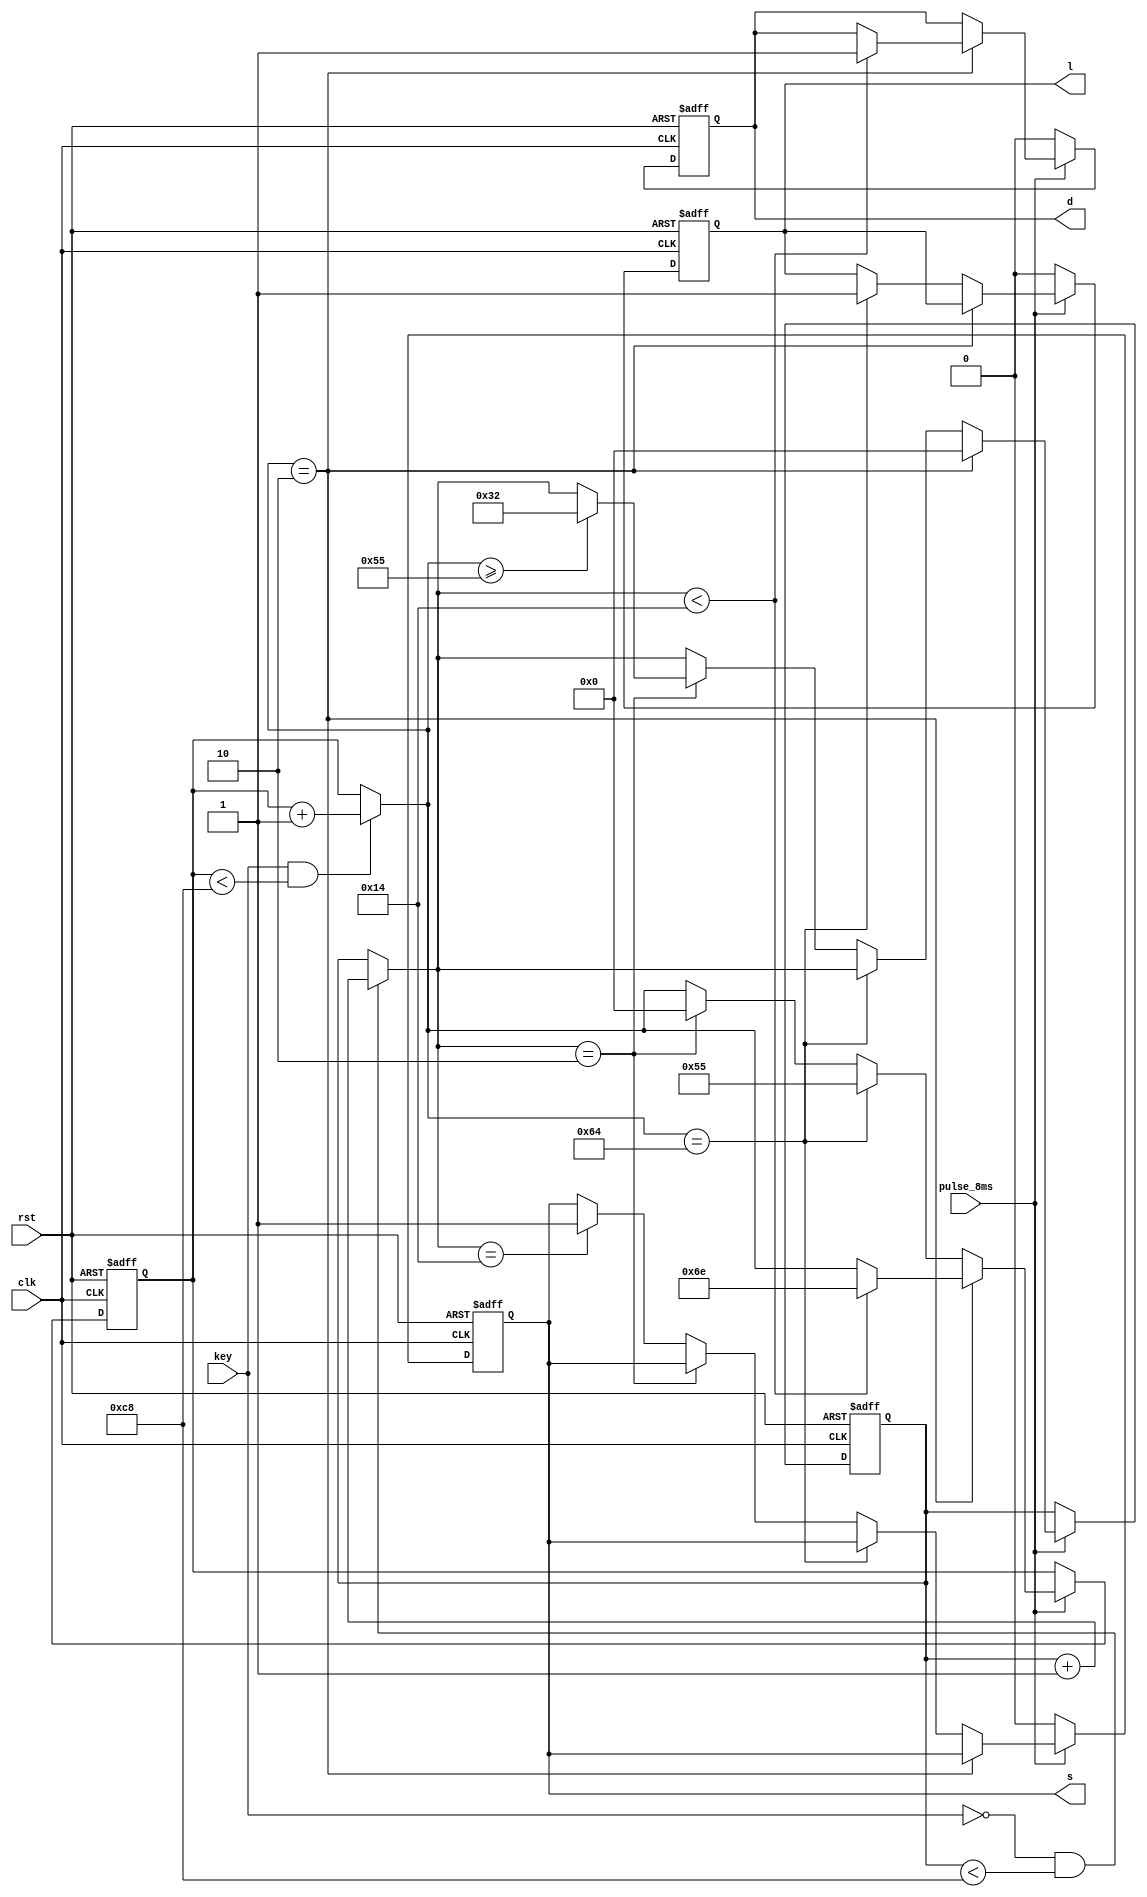
`timescale 1ns / 1ps
//////////////////////////////////////////////////////////////////////////////////
// Company: 
// Engineer: 
// 
// Design Name: 
// Module Name: key_detect
// Project Name: 
// Target Devices: 
// Tool Versions: 
// Description: 
// 
// Dependencies: 
// 
// Revision:
// Revision 0.01 - File Created
// Additional Comments:
// 
//////////////////////////////////////////////////////////////////////////////////


module key_detect(
    input clk,
    input rst,
    input pulse_8ms,
    input key,
    output reg s,
    output reg d,
    output reg l
    );
    parameter integer click_delta=20,long_press_low=85,long_press_high=100,val_limit=200;
    reg [7:0] key_up,key_down;
    wire [7:0] next_key_up,next_key_down;
    assign next_key_up=key==0&&key_up<val_limit?key_up+1:key_up;
    assign next_key_down=key==1&&key_down<val_limit?key_down+1:key_down;
    always@(posedge clk or negedge rst)
        if(!rst)
        begin
            s<=0;
            d<=0;
            l<=0;
            key_up<=val_limit;
            key_down<=0;
        end
        else if(pulse_8ms)
        begin
            if(next_key_down==2)
            begin
                if(next_key_up<click_delta)
                begin
                    key_up<=0;
                    key_down<=long_press_high+10;
                    d<=1;
                end
                else
                begin
                    key_up<=0;
                    key_down<=next_key_down;
                end
            end
            else if(next_key_down==long_press_high)
            begin
                key_down<=long_press_low;
                key_up<=next_key_up;
                l<=1;
            end
            else if(next_key_up==2)
            begin
                if(next_key_down>=long_press_low)
                begin
                    key_up<=50;
                    key_down<=0;
                end
                else
                begin
                    key_up<=next_key_up;
                    key_down<=0;
                end
            end
            else if(next_key_up==click_delta)
            begin
                s<=1;
                key_up<=next_key_up;
                key_down<=next_key_down;
            end
            else
            begin
                key_up<=next_key_up;
                key_down<=next_key_down;
            end
        end
        else
        begin
            s<=0;
            d<=0;
            l<=0;
        end
endmodule